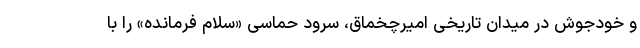
و خودجوش در میدان تاریخی امیرچخماق، سرود حماسی «سلام فرمانده» را با